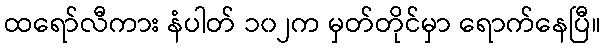
ထရော်လီကား နံပါတ် ၁၀၂က မှတ်တိုင်မှာ ရောက်နေပြီ။